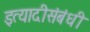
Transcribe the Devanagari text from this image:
इत्यादीसंबंधी